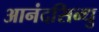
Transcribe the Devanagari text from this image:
आनंदसिन्धु